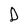
Character: D